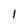
Character: I